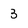
Character: 3